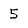
Character: 5